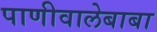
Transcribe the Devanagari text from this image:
पाणीवालेबाबा